Epidemic dropsy in Calcutta - Number 49
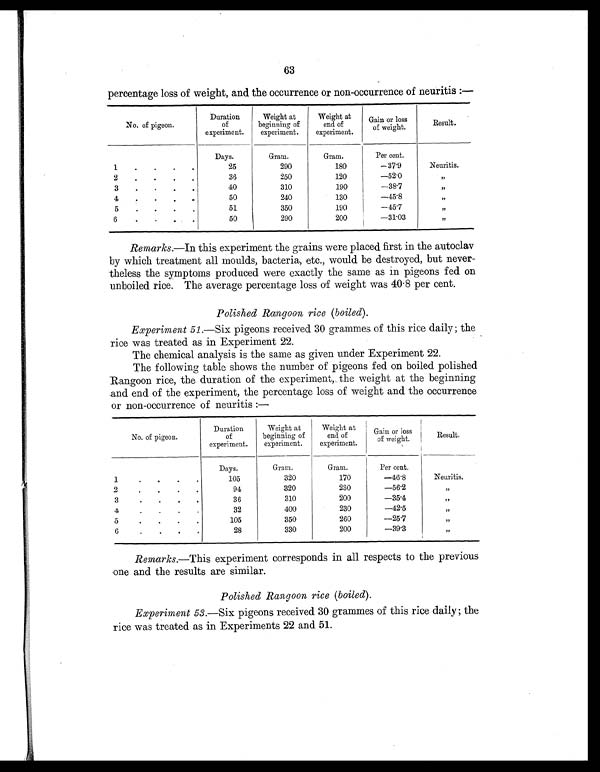
63
percentage loss of weight, and the occurrence or non-occurrence of neuritis :—
No. of pigeon.
Duration
of
experiment.
Weight at
beginning of
experiment.
Weight at
end of
experiment.
Gain or loss
of weight.
Result.
Days.
Gram.
Gram.
Per cent.
1
.
.
25
290
180
—37.9
Neuritis.
2
.
.
.
36
250
120
—52.0
, ,
3
. .
.
40
310
190
—38.7
, ,
4 .
.
50
240
130
—45.8
, ,
5
. .
.
51
350
190
—45.7
, ,
6
. .
.
50
290
200
—31.03
, ,
Remarks.—In this experiment the grains were placed first in the autoclav
by which treatment all moulds, bacteria, etc., would be destroyed, but never-
theless the symptoms produced were exactly the same as in pigeons fed on
unboiled rice. The average percentage loss of weight was 40.8 per cent.
Polished Rangoon, rice (boiled).
Experiment 51.—Six pigeons received 30 grammes of this rice daily; the
rice was treated as in Experiment 22.
The chemical analysis is the same as given under Experiment 22.
The following table shows the number of pigeons fed on boiled polished
Rangoon rice, the duration of the experiment, the weight at the beginning
and end of the experiment, the percentage loss of weight and the occurrence
or non-occurrence of neuritis :—
No. of pigeon.
Duration
of
experiment.
Weight at
beginning of
experiment.
Weight at
end of
experiment.
Gain or loss
of weight.
Result.
Days.
Gram.
Gram.
Per cent.
1.
•
•
•
105
320
170
—46.8
Neuritis.
2.
•
•
•
94
320
230
—56.2
, ,
3
.
.
.
36
310
200
—35.4
, ,
4
.
.
.
32
400
230
—42.5
, ,
5
•
•
•
105
350
260
—25.7
, ,
6
•
•
•
28
330
200
—39.3
, ,
Remarks.—This experiment corresponds in all respects to the previous
one and the results are similar.
Polished Rangoon rice (boiled).
Experiment 53.—Six pigeons received 30 grammes of this rice daily; the
rice was treated as in Experiments 22 and 51.